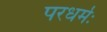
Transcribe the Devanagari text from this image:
परधर्मः